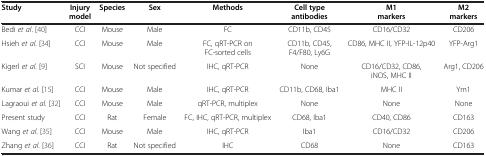
<table><thead><tr><td><b>Study</b></td><td><b>Injury model</b></td><td><b>Species</b></td><td><b>Sex</b></td><td><b>Methods</b></td><td><b>Cell type antibodies</b></td><td><b>M1 markers</b></td><td><b>M2 markers</b></td></tr></thead><tbody><tr><td>Bedi <i>et al</i>. [40]</td><td>CCI</td><td>Mouse</td><td>Male</td><td>FC</td><td>CD11b, CD45</td><td>CD16/CD32</td><td>CD206</td></tr><tr><td>Hsieh <i>et al</i>. [34]</td><td>CCI</td><td>Mouse</td><td>Male</td><td>FC, qRT-PCR on FC-sorted cells</td><td>CD11b, CD45, F4/F80, Ly6G</td><td>CD86, MHC II, YFP-IL-12p40</td><td>YFP-Arg1</td></tr><tr><td>Kigerl <i>et al</i>. [9]</td><td>SCI</td><td>Mouse</td><td>Not specified</td><td>IHC, qRT-PCR</td><td>None</td><td>CD16/CD32, CD86, iNOS, MHC II</td><td>Arg1, CD206</td></tr><tr><td>Kumar <i>et al</i>. [15]</td><td>CCI</td><td>Mouse</td><td>Male</td><td>IHC, qRT-PCR</td><td>CD11b, CD68, Iba1</td><td>MHC II</td><td>Ym1</td></tr><tr><td>Lagraoui <i>et al</i>. [32]</td><td>CCI</td><td>Mouse</td><td>Male</td><td>qRT-PCR, multiplex</td><td>None</td><td>None</td><td>None</td></tr><tr><td>Present study</td><td>CCI</td><td>Rat</td><td>Female</td><td>FC, IHC, qRT-PCR, multiplex</td><td>CD68, Iba1</td><td>CD40, CD86</td><td>CD163</td></tr><tr><td>Wang <i>et al</i>. [35]</td><td>CCI</td><td>Mouse</td><td>Male</td><td>IHC, qRT-PCR</td><td>Iba1</td><td>CD16/CD32</td><td>CD206</td></tr><tr><td>Zhang <i>et al</i>. [36]</td><td>CCI</td><td>Rat</td><td>Not specified</td><td>IHC</td><td>CD68</td><td>None</td><td>CD163</td></tr></tbody></table>